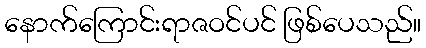
နောက်ကြောင်းရာဇဝင်ပင် ဖြစ်ပေသည်။